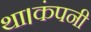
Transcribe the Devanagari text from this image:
था।कंपनी